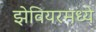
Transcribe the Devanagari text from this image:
झेवियरमध्ये